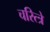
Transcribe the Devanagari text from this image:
चरित्त्रे